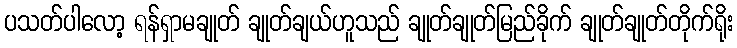
ပသတ်ပါလော့ ရန်ရှာမချုတ် ချုတ်ချယ်ဟူသည် ချုတ်ချုတ်မြည်ခိုက် ချုတ်ချုတ်တိုက်ရိုး